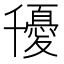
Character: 𭐰